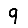
Digit: 9